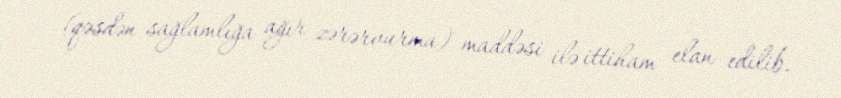
(qəsdən sağlamlığa ağır zərərvurma) maddəsi ilə ittiham elan edilib.